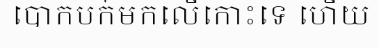
បោកបក់មកលើកោះទេ ហើយ